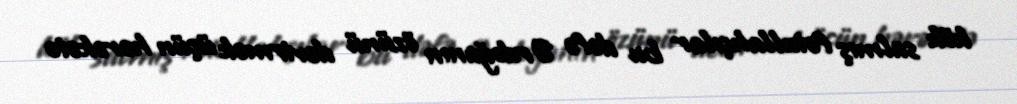
kök salmış fətullahçılar bu dəfə Ərdoğanın özünü devirmək üçün hərəkətə